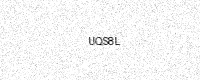
Text: UQS8L